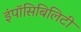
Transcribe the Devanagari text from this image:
इंपॉसिबिलिटी